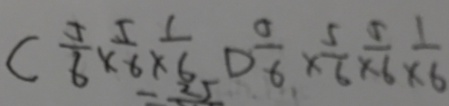
C \frac { 5 } { 6 } \times \frac { 5 } { 6 } \times \frac { 1 } { 6 } D \frac { 0 } { 6 } \times \frac { 5 } { 6 } \times \frac { 5 } { 6 } \times \frac { 1 } { 6 }